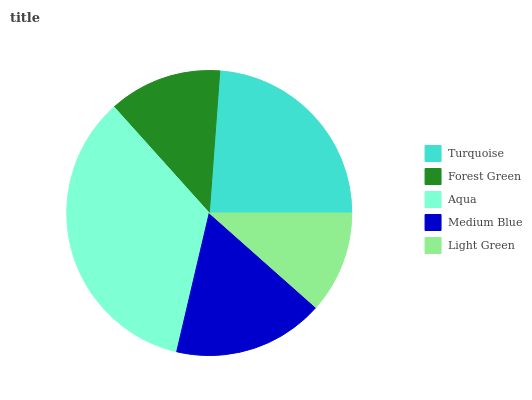
| Turquoise | Forest Green | Aqua | Medium Blue | Light Green |
 | --- | --- | --- | --- | --- |
 | 23.8% | 12.8% | 34.7% | 17.2% | 11.5% |